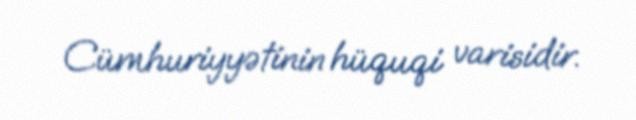
Cümhuriyyətinin hüquqi varisidir.